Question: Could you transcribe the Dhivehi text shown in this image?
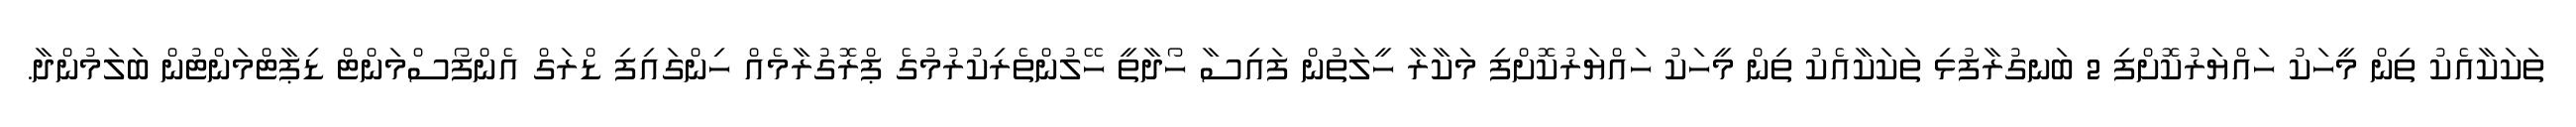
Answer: ތަކަކާއެކު ތިން މީހަކު ހައްޔަރުކޮށްފި 2 ބަނގުރާފުޅި ތަކަކާއެކު ތިން މީހަކު ހައްޔަރުކޮށްފި މަކާރާ ހީލަތުން ފައިސާ ހޯދާތީ ހޭލުންތެރިކުރުމުގެ ޕްރޮގުރާމެއް ހިންގައިފި ޑްރަގް އެންފޯސްމަންޓް ޑިޕާޓްމަންޓުން ބަލަމުންދާ.